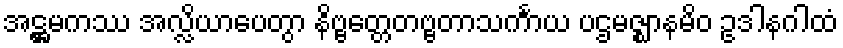
အဋ္ဌမကဿ အလ္လိယာပေတွာ နိဗ္ဗတ္တေတဗ္ဗတာသင်္ကာယ ပဌမဇ္ဈာနမိဝ ဥဒါနဂါထံ